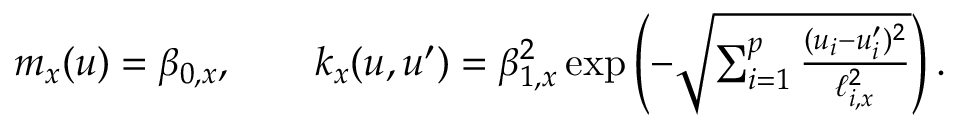
\begin{array} { r } { m _ { x } ( u ) = \beta _ { 0 , x } , \qquad k _ { x } ( u , u ^ { \prime } ) = \beta _ { 1 , x } ^ { 2 } \exp \left( - \sqrt { \sum _ { i = 1 } ^ { p } \frac { ( u _ { i } - u _ { i } ^ { \prime } ) ^ { 2 } } { \ell _ { i , x } ^ { 2 } } } \right) . } \end{array}